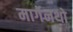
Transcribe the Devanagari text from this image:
मार्गेनथो